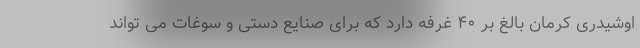
اوشیدری کرمان بالغ بر ۴۰ غرفه دارد که برای صنایع دستی و سوغات می تواند